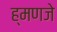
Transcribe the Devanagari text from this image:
ह्मणजे